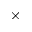
\times